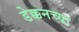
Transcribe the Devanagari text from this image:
डेक्कनच्या